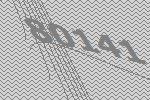
80141